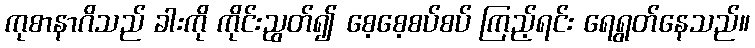
ကုစာနာဂိသည် ခါးကို ကိုင်းညွတ်၍ စေ့စေ့စပ်စပ် ကြည့်ရင်း ရေရွတ်နေသည်။